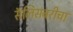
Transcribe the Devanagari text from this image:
सॅलिसबरीचा